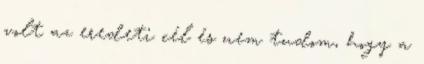
volt az eredeti cél és nem tudom, hogy a